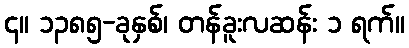
၄။ ၁၃၈၅-ခုနှစ်၊ တန်ခူးလဆန်း ၁ ရက်။